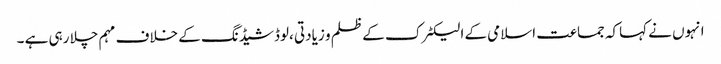
انہوں نے کہاکہ جماعت اسلامی کے الیکٹرک کے ظلم و زیادتی ،لوڈشیڈنگ کے خلاف مہم چلا رہی ہے ۔